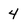
Character: 4